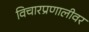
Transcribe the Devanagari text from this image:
विचारप्रणालीवर